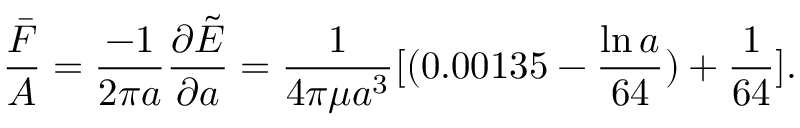
\frac { \bar { F } } { A } = \frac { - 1 } { 2 \pi a } \frac { \partial \tilde { E } } { \partial a } = \frac { 1 } { 4 \pi \mu a ^ { 3 } } [ ( 0 . 0 0 1 3 5 - \frac { \ln a } { 6 4 } ) + \frac { 1 } { 6 4 } ] .